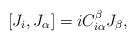
\begin{align*}{[}J_i,J_{\alpha}] = i C_{i\alpha}^{\beta} J_{\beta} ,\end{align*}